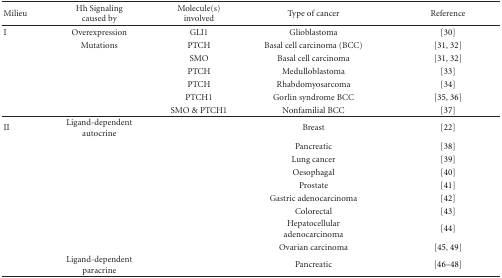
<table><thead><tr><td><b>Milieu</b></td><td><b>Hh Signaling caused by</b></td><td><b>Molecule(s) involved</b></td><td><b>Type of cancer</b></td><td><b>Reference</b></td></tr></thead><tbody><tr><td>I</td><td>Overexpression</td><td>GLI1</td><td>Glioblastoma</td><td>[30]</td></tr><tr><td></td><td>Mutations</td><td>PTCH</td><td>Basal cell carcinoma (BCC)</td><td>[31, 32]</td></tr><tr><td></td><td></td><td>SMO</td><td>Basal cell carcinoma</td><td>[31, 32]</td></tr><tr><td></td><td></td><td>PTCH</td><td>Medulloblastoma</td><td>[33]</td></tr><tr><td></td><td></td><td>PTCH</td><td>Rhabdomyosarcoma</td><td>[34]</td></tr><tr><td></td><td></td><td>PTCH1</td><td>Gorlin syndrome BCC</td><td>[35, 36]</td></tr><tr><td></td><td></td><td>SMO &amp; PTCH1</td><td>Nonfamilial BCC</td><td>[37]</td></tr><tr><td>II</td><td>Ligand-dependent autocrine</td><td></td><td>Breast</td><td>[22]</td></tr><tr><td></td><td></td><td></td><td>Pancreatic</td><td>[38]</td></tr><tr><td></td><td></td><td></td><td>Lung cancer</td><td>[39]</td></tr><tr><td></td><td></td><td></td><td>Oesophagal</td><td>[40]</td></tr><tr><td></td><td></td><td></td><td>Prostate</td><td>[41]</td></tr><tr><td></td><td></td><td></td><td>Gastric adenocarcinoma</td><td>[42]</td></tr><tr><td></td><td></td><td></td><td>Colorectal</td><td>[43]</td></tr><tr><td></td><td></td><td></td><td>Hepatocellular adenocarcinoma</td><td>[44]</td></tr><tr><td></td><td></td><td></td><td>Ovarian carcinoma</td><td> [45, 49]</td></tr><tr><td></td><td>Ligand-dependent paracrine</td><td></td><td>Pancreatic</td><td>[46–48]</td></tr></tbody></table>